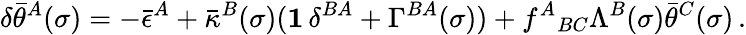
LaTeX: \delta\bar{\theta}^{A}(\sigma)=-\bar{\epsilon}^{A}+\bar{\kappa}^{B}(\sigma)({\mathbf 1}\, \delta^{BA}+\Gamma^{BA}(\sigma))+f^{A}{}_{BC}\Lambda^{B}(\sigma)\bar{\theta}^{C}(\sigma)\, .